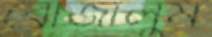
বোজালুম